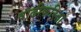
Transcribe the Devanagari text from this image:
वाढीकरिता